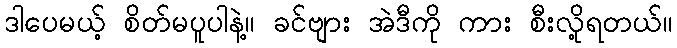
ဒါပေမယ့် စိတ်မပူပါနဲ့။ ခင်ဗျား အဲဒီကို ကား စီးလို့ရတယ်။